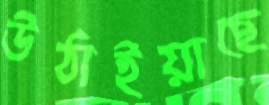
উঠাইয়াছে